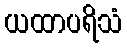
ယထာပရိသံ